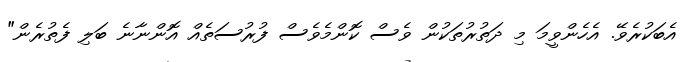
އެބަކުރެވޭ. އެހެންވީމަ މި ދަތުުރުތަކުން ވެސް ކޮންމެވެސް ފުރުސަތެއް އޮންނާނެ ބަލި ފެތުރެން"